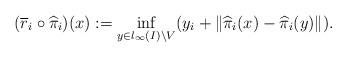
LaTeX: \begin{align*}(\overline{r}_i \circ \widehat{\pi}_i)(x) := \inf_{ y \in l_{\infty}(I) \setminus V} (y_i + \| \widehat{\pi}_i(x) - \widehat{\pi}_i(y) \|) .\end{align*}